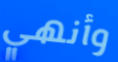
وأنهي